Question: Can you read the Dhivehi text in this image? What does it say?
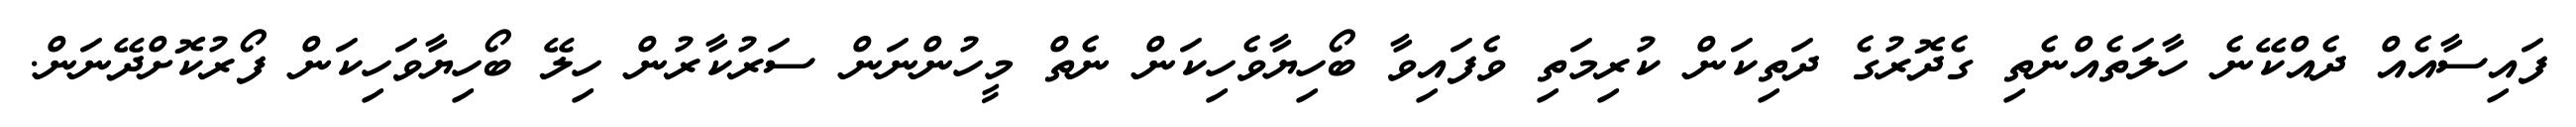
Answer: ފައިސާއެއް ދެއްކޭނެ ހާލަތެއްނެތި ގެދޮރުގެ ދަތިކަން ކުރިމަތި ވެފައިވާ ބޯހިޔާވެހިކަން ނެތް މީހުންނަން ސަރުކާރުން ހިލޭ ބޯހިޔާވަހިކަން ފޯރުކޮށްދޭނަން.